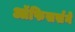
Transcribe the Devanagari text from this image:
ऑफिसर्सने